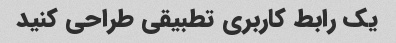
یک رابط کاربری تطبیقی طراحی کنید